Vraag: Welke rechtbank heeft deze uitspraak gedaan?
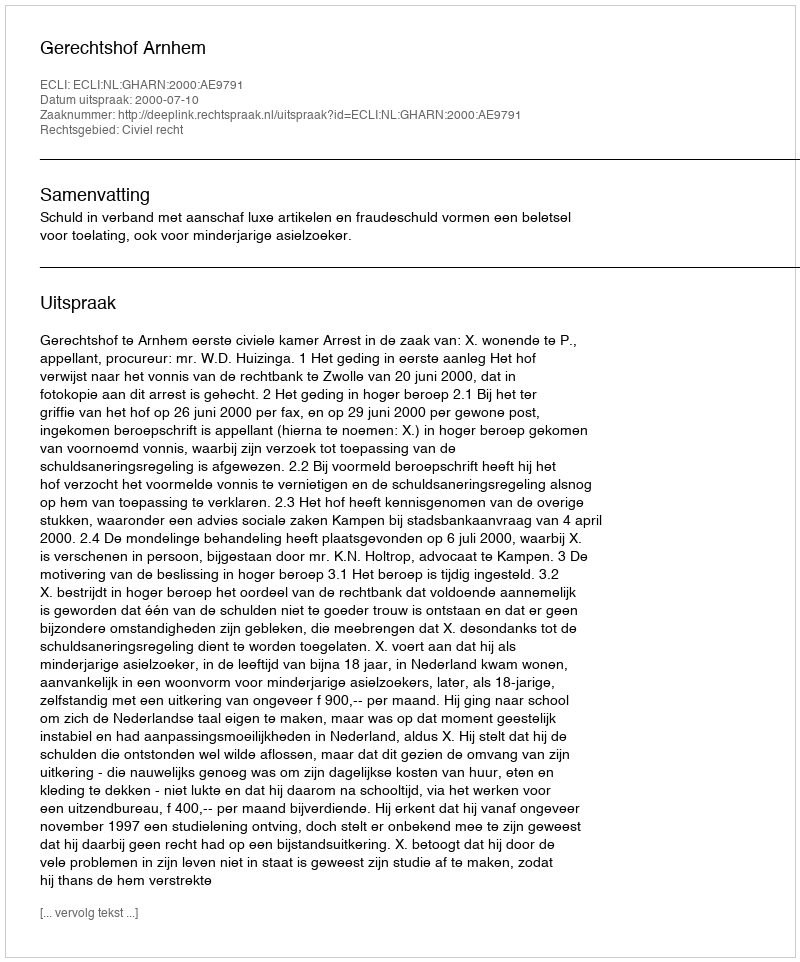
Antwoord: Gerechtshof Arnhem